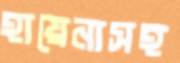
হায়েনাসহ